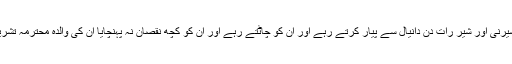
دانیال علیہ السلام پیدا ہوئے تو ان لوگوں نے دانیال کو پکڑ کر شیروں کی کچھار میں پھینک دیا شیرنی اور شیر رات دن دانیال سے پیار کرتے رہے اور ان کو چاٹتے رہے اور ان کو کچھ نقصان نہ پہنچایا ان کی والدہ محترمہ تشریف لائیں تو دیکھا شیر اور شیرنی ان کو چاٹ رہے ہیں“ اس طرح دانیال کو اللہ نے محفوظ رکھا۔